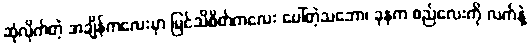
ဆုံလိုက်တဲ့ အချိန်ကလေးမှာ မြင်သိစိတ်ကလေး ပေါ်တဲ့သဘော၊ ခုနက စည်လေးကို လက်နဲ့